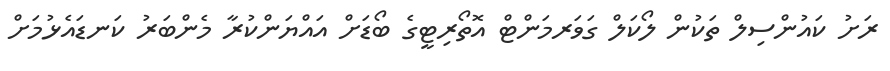
ރަށު ކައުންސިލް ތަކުން ލޯކަލް ގަވަރމަންޓް އޮތޯރިޓީގެ ބޯޑަށް އައްޔަންކުރާ މެންބަރު ކަނޑައެޅުމަށް